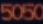
5060